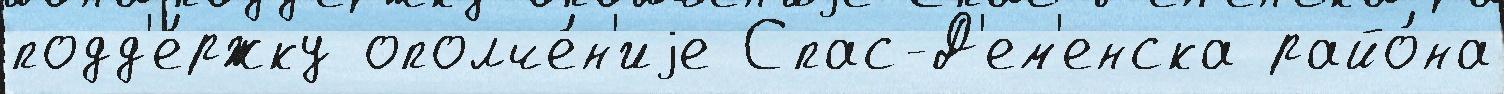
подд'е́ржку ополче́н'иjе Спас-Д'ем'енска райо́на